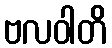
ဗလဝါတိ